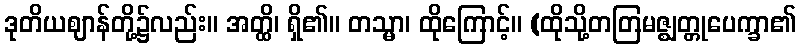
ဒုတိယဈာန်တို့၌လည်း။ အတ္ထိ၊ ရှိ၏။ တသ္မာ၊ ထိုကြောင့်။ (ထိုသို့တတြမဇ္ဈတ္တုပေက္ခာ၏